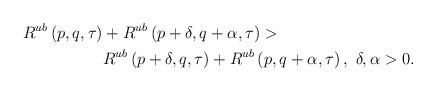
LaTeX: \begin{align*}\begin{aligned}R^{ub}\left(p, q,\tau\right)&+R^{ub}\left(p+\delta, q+\alpha,\tau\right) >\\&R^{ub}\left(p+\delta, q,\tau\right)+R^{ub}\left(p, q+\alpha,\tau\right),~ \delta,\alpha >0.\end{aligned}\end{align*}